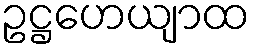
ဥဋ္ဌဟေယျာထ